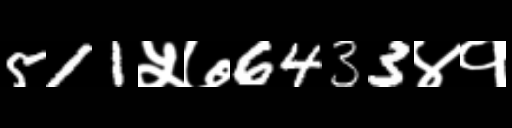
Text: 511५७6433४१